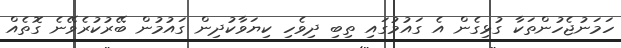
ހަމަނުޖެހުންތަކާ ގުޅިގެން އެ ގައުމުގައި ތިބި ދިވެހި ކިޔަވާކުދިން ގައުމުން ބޭރުކުރެވޭނެ ގޮތެއް